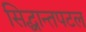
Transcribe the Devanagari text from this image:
सिद्धान्तपटल